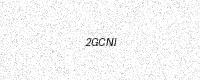
Text: 2GCNI